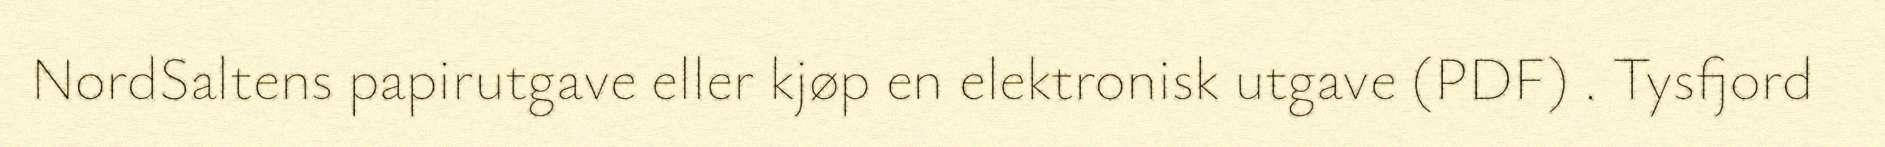
NordSaltens papirutgave eller kjøp en elektronisk utgave (PDF) . Tysfjord